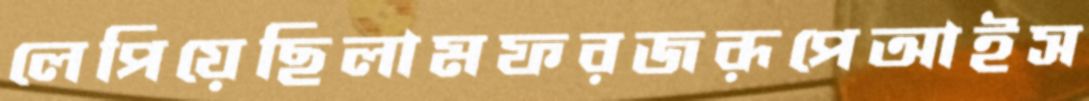
লেপিয়েছিলামফরজরূপেআইস